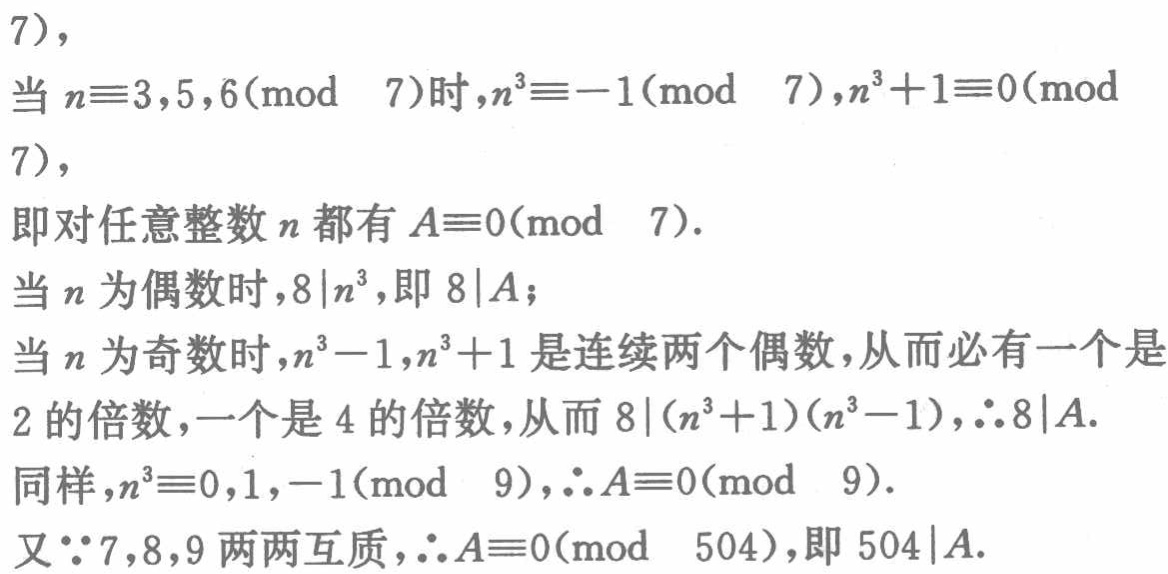
7),

当 \(n\equiv3,5,6(\bmod\ 7)\)时,\(n^{3}\equiv - 1(\bmod\ 7)\),\(n^{3}+1\equiv0(\bmod\ 7)\),

即对任意整数 \(n\) 都有 \(A\equiv0(\bmod\ 7)\).

当 \(n\) 为偶数时,\(8\mid n^{3}\),即 \(8\mid A\);

当 \(n\) 为奇数时,\(n^{3}-1\),\(n^{3}+1\) 是连续两个偶数,从而必有一个是 \(2\) 的倍数,一个是 \(4\) 的倍数,从而 \(8\mid(n^{3}+1)(n^{3}-1)\),\(\therefore8\mid A\).

同样,\(n^{3}\equiv0,1, - 1(\bmod\ 9)\),\(\therefore A\equiv0(\bmod\ 9)\).

又\(\because7,8,9\) 两两互质,\(\therefore A\equiv0(\bmod\ 504)\),即 \(504\mid A\).